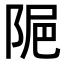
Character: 𨹣